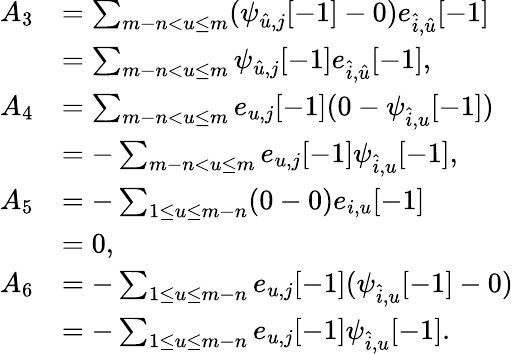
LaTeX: \begin{array}{rl}{A_{3}}&{=\sum_{m-n<u\leq m}(\psi_{\hat{u},j}[-1]-0)e_{\hat{i},\hat{u}}[-1]}\\ &{=\sum_{m-n<u\leq m}\psi_{\hat{u},j}[-1]e_{\hat{i},\hat{u}}[-1],}\\ {A_{4}}&{=\sum_{m-n<u\leq m}e_{u,j}[-1](0-\psi_{\hat{i},u}[-1])}\\ &{=-\sum_{m-n<u\leq m}e_{u,j}[-1]\psi_{\hat{i},u}[-1],}\\ {A_{5}}&{=-\sum_{1\leq u\leq m-n}(0-0)e_{i,u}[-1]}\\ &{=0,}\\ {A_{6}}&{=-\sum_{1\leq u\leq m-n}e_{u,j}[-1](\psi_{\hat{i},u}[-1]-0)}\\ &{=-\sum_{1\leq u\leq m-n}e_{u,j}[-1]\psi_{\hat{i},u}[-1].}\end{array}